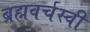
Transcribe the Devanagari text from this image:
ब्रह्मवर्चस्वी